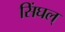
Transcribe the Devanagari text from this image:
सिंघल्